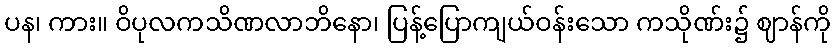
ပန၊ ကား။ ဝိပုလကသိဏလာဘိနော၊ ပြန့်ပြောကျယ်ဝန်းသော ကသိုဏ်း၌ ဈာန်ကို